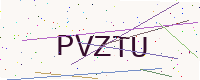
Text: PVZTU